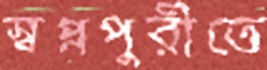
স্বপ্নপুরীতে